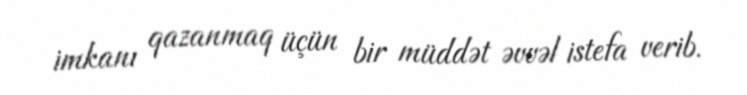
imkanı qazanmaq üçün bir müddət əvvəl istefa verib.